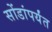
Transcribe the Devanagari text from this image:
सोंडांपर्यंत